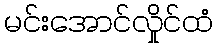
မင်းအောင်လှိုင်ထံ